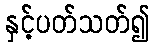
နှင့်ပတ်သတ်၍